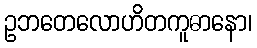
ဥဘတေလောဟိတကူဓာနော၊